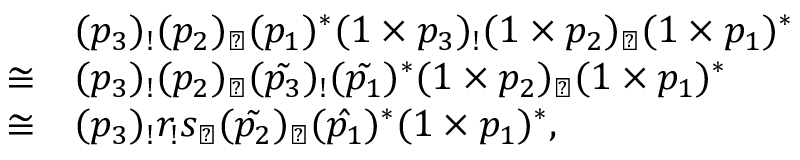
\begin{array} { r l } & { ( p _ { 3 } ) _ { ! } ( p _ { 2 } ) _ { \flat } ( p _ { 1 } ) ^ { * } ( 1 \times p _ { 3 } ) _ { ! } ( 1 \times p _ { 2 } ) _ { \flat } ( 1 \times p _ { 1 } ) ^ { * } } \\ { \cong } & { ( p _ { 3 } ) _ { ! } ( p _ { 2 } ) _ { \flat } ( \tilde { p _ { 3 } } ) _ { ! } ( \tilde { p _ { 1 } } ) ^ { * } ( 1 \times p _ { 2 } ) _ { \flat } ( 1 \times p _ { 1 } ) ^ { * } } \\ { \cong } & { ( p _ { 3 } ) _ { ! } r _ { ! } s _ { \flat } ( \tilde { p _ { 2 } } ) _ { \flat } ( \hat { p _ { 1 } } ) ^ { * } ( 1 \times p _ { 1 } ) ^ { * } , } \end{array}